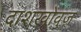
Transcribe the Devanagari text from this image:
दाशख़ोवुज़